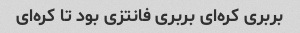
بربری کره‌ای بربری فانتزی بود تا کره‌ای